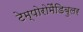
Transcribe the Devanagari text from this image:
टेम्पोरोमैंडिबुलर